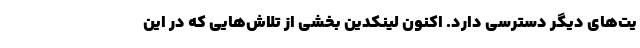
یت‌های دیگر دسترسی دارد. اکنون لینکدین بخشی از تلاش‌هایی که در این